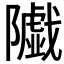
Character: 𱀼